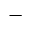
-